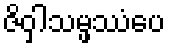
ဇိဝှါသမ္ဖဿံပေ